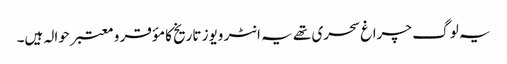
یہ لو گ چراغ سحری تھے یہ انٹر ویوز تاریخ کا مؤقر و معتبر حوالہ ہیں۔